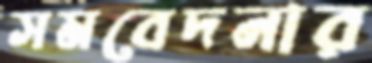
সমবেদনার